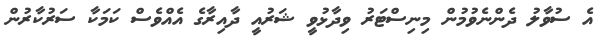
އެ ސުވާލު ދެންނެވުމުން މިނިސްޓަރު ވިދާޅުވީ ޝަރުއީ ދާއިރާގެ އެއްވެސް ކަމަކާ ސަރުކާރުން